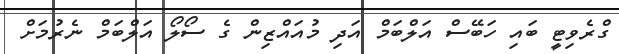
ގްރެވިޓީ ބައި ހަބޭސް އަލްބަމް އަދި މުއައްޒިން ގެ ސޯލޯ އަލްބަމް ނެރުމަށް